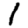
Digit: 1